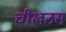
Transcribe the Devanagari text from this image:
चीखउस